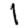
Digit: 1